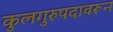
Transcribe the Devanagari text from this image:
कुलगुरुपदावरून